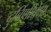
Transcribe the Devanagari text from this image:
दुर्बिणीपेक्षा